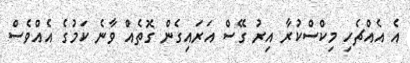
އެ އެއްޗެހި މިކްސްކުރާ އިރު ގޭސް އަރައިގެން ގޮތެއް ވާނެ ކަމުގެ އެއްވެސް